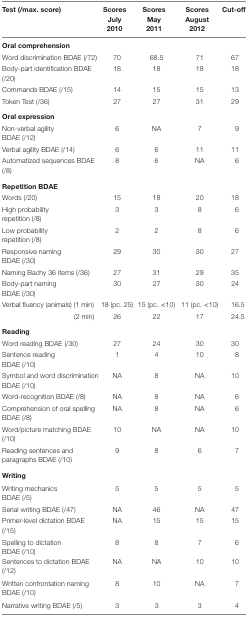
| Test (/max. score) | Scores July 2010 | Scores May 2011 | Scores August 2012 | Cut-off |
 | --- | --- | --- | --- | --- |
 | <COLSPAN=5> Oral comprehension |
 | Word discrimination BDAE (/72) | 70 | 68.5 | 71 | 67 |
 | Body-part identification BDAE (/20) | 18 | 18 | 18 | 18 |
 | Commands BDAE (/15) | 14 | 15 | 15 | 13 |
 | Token Test (/36) | 27 | 27 | 31 | 29 |
 | <COLSPAN=5> Oral expression |
 | Non-verbal agility BDAE (/12) | 6 | NA | 7 | 9 |
 | Verbal agility BDAE (/14) | 6 | 6 | 11 | 11 |
 | Automatized sequences BDAE (/8) | 8 | 6 | NA | 6 |
 | <COLSPAN=5> Repetition BDAE |
 | Words (/20) | 15 | 18 | 20 | 18 |
 | High probability repetition (/8) | 3 | 3 | 8 | 6 |
 | Low probability repetition (/8) | 2 | 2 | 8 | 6 |
 | Responsive naming BDAE (/30) | 29 | 30 | 30 | 27 |
 | Naming Bachy 36 items (/36) | 27 | 31 | 29 | 35 |
 | Body-part naming BDAE (/30) | 30 | 27 | 30 | 24 |
 | Verbal fluency (animals) (1 min) | 18 (pc. 25) | 15 (pc. <10) | 11 (pc. <10) | 16.5 |
 | (2 min) | 26 | 22 | 17 | 24.5 |
 | <COLSPAN=5> Reading |
 | Word reading BDAE (/30) | 27 | 24 | 30 | 30 |
 | Sentence reading BDAE (/10) | 1 | 4 | 10 | 8 |
 | Symbol and word discrimination BDAE (/10) | NA | 8 | NA | 10 |
 | Word-recognition BDAE (/8) | NA | 8 | NA | 6 |
 | Comprehension of oral spelling BDAE (/8) | NA | 8 | NA | 6 |
 | Word/picture matching BDAE (/10) | 10 | NA | NA | 10 |
 | Reading sentences and paragraphs BDAE (/10) | 9 | 8 | 6 | 7 |
 | <COLSPAN=5> Writing |
 | Writing mechanics BDAE (/5) | 5 | 5 | 5 | 5 |
 | Serial writing BDAE (/47) | NA | 46 | NA | 47 |
 | Primer-level dictation BDAE (/15) | NA | 15 | 15 | 15 |
 | Spelling to dictation BDAE (/10) | 8 | 8 | 7 | 6 |
 | Sentences to dictation BDAE (/12) | NA | NA | 10 | 10 |
 | Written confrontation naming BDAE (/10) | 8 | 10 | NA | 7 |
 | Narrative writing BDAE (/5) | 3 | 3 | 3 | 4 |